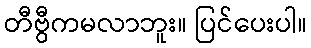
တီဗွီကမလာဘူး။ ပြင်ပေးပါ။